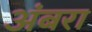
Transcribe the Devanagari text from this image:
अंबरा